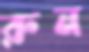
রুন